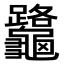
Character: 𪛅